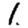
Digit: 1